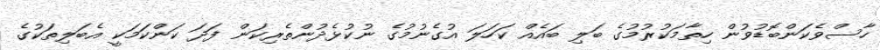
ހާސްވެކަންބޮޑުވުން ހިތާމަކުރުމުގެ ބަލި ބައެއް ކަހަލަ އުގެނުމުގެ ނުކުޅެދުންތެރިކަން ފަދަ ކަންކަމަކީ އެބަލިތަކުގެ